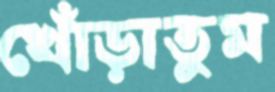
খোঁড়াতুম